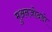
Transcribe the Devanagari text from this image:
मुअनजोदडो